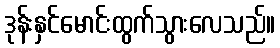
ဒုန်းနှင်မောင်းထွက်သွားလေသည်။